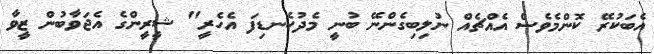
އެބަކުރޭ ކޮންމެވެސް އެއްޗެއް ނުލިބިގެންނޭ ބުނީ މެދުކެނޑިފަ އެހެރީ" ޝީރީންގެ އެޖަވާބުން ޒީވާ